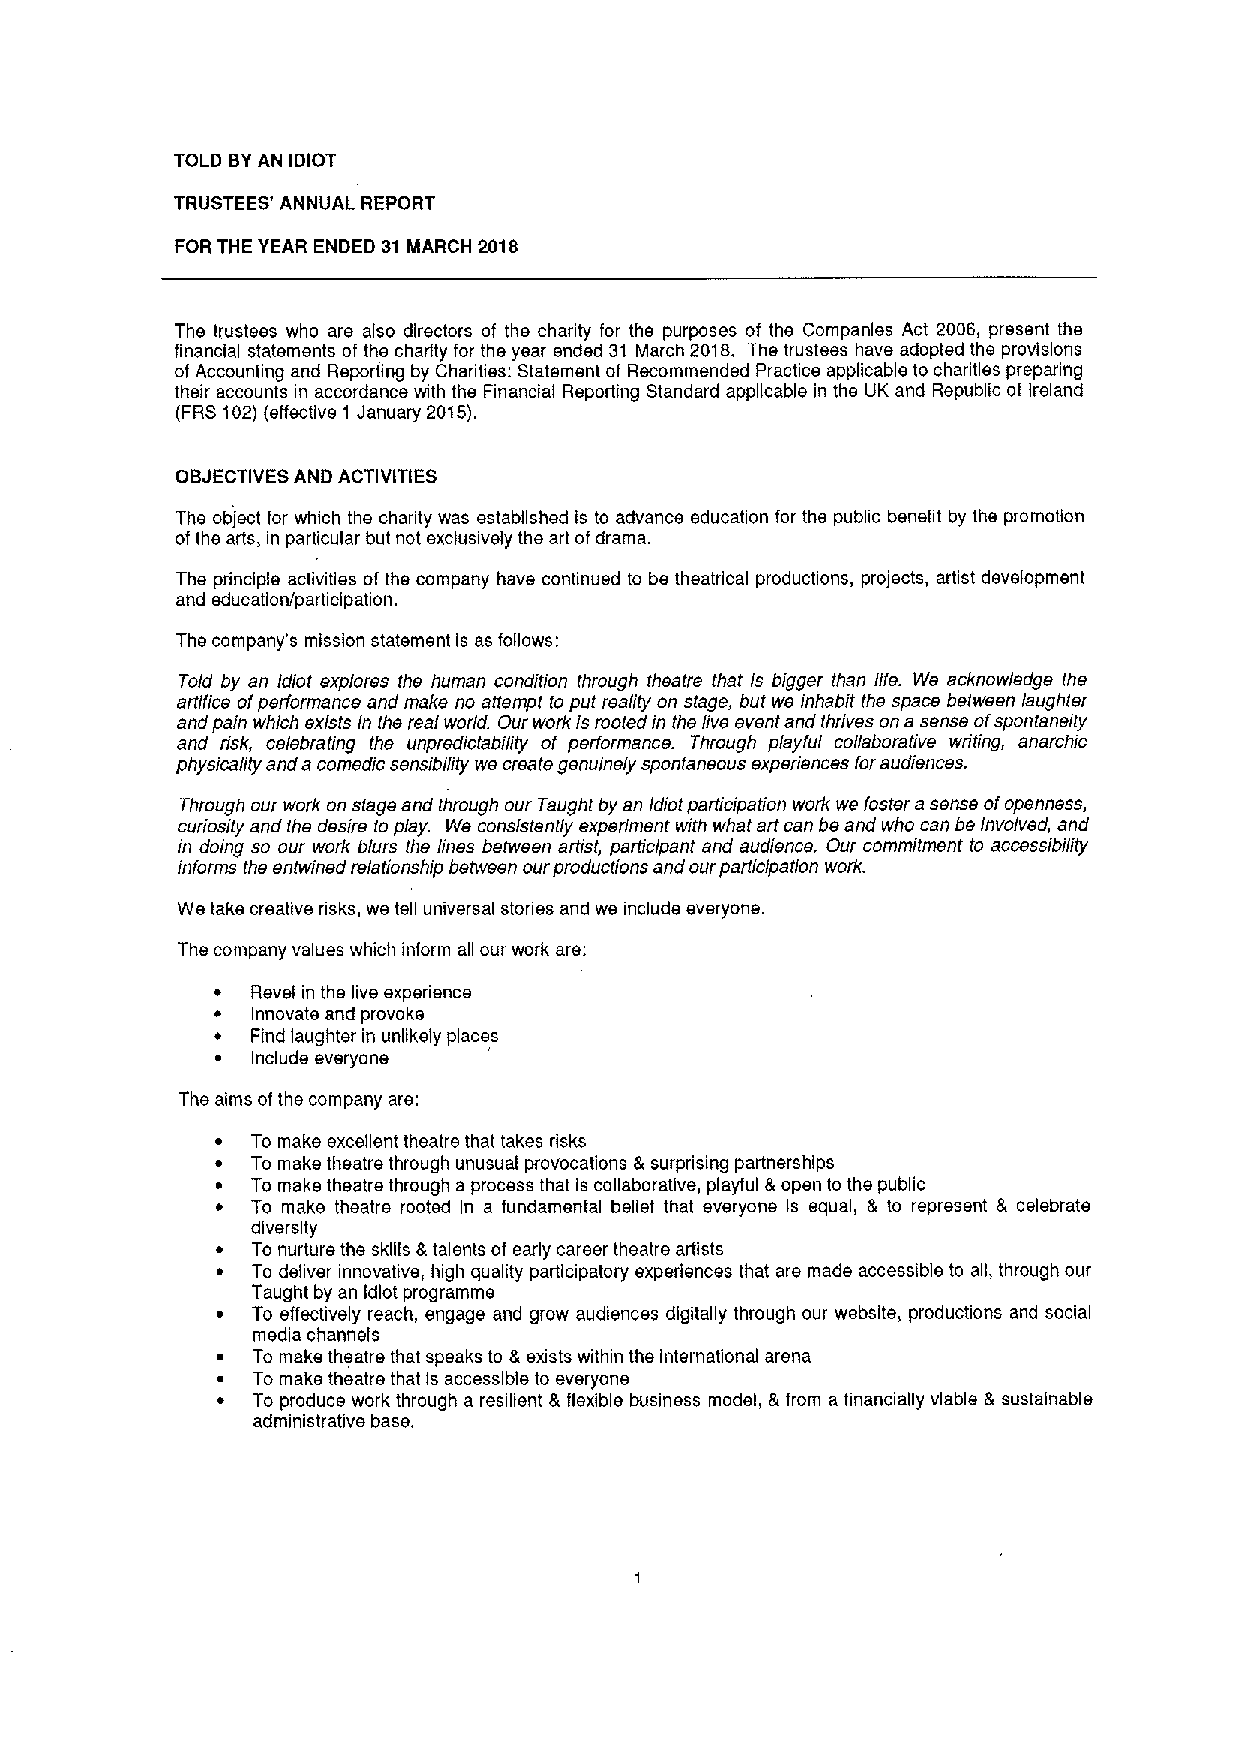
TOLD BYAN IDIOT
 TRUSTEES' ANNUAL REPORT
 FOR THE YEAR ENDED 31 MARCH 2018
 The trustees who are also directors of the charity for the purposes of the Companies Act 2006, present the
 financial statements of the charity for the year ended 31 March 2018, The trustees have adopted the provisions
 of Accounting and Reporting by Charities: Statement of Recommended Practice applicable to charities preparing
 their accounts in accordance with the Financial Reporting Standard applicable in the UK and Republic of Ireland
 (FRS102)(effectiv 1 January 2015).
 OBJECTIVESAND ACTIVITIES
 The object for which the chanty was established is to advance education for the public benefit by the promotion
 ofthe arts, in particular but not exclusively the art ofdrama.
 The principle activities of the company have continued to be theatrical productions, projects, artist development
 and education/participation.
 The company's mission statement is as follows:
 Told by an Idiot explores the human condition through theatre that is bigger than life. We acknowledge the
 artifice ofperformance and make no attempt to put reality on stage, but we inhabit the space between laughter
 and pain which exists in the real world. Our work is rooted in the live event and thrives on a sense ofspontaneity
 and risk, celebrating the unpredictability of performance. Through playful collaborative writing, anarchic
 physicality and acomedic sensibility we create genuinely spontaneous experiences foraudiences.
 Through our work on stage and through our Taught by an Idiot participation work we foster asense ofopenness,
 curiosily and the desire to play. We consislentty experiment with what art can be and who can be Involved, and
 in doing so our work blurs the lines between artist, participant and audience. Our commitment to accessibility
 informs the entwined relationship between our productions and our participation work.
 We take creative nsks, we tell universal stones and we include everyone.
 The company values which inform all our work are:
 ~  Revel in the live experience
 ~  Innovate and provoke
 ~  Find laughter in unlikely places
 ~  Include everyone
 The aims ofthe company are:
 To make excellent theatre that takes risks
 To make theatre through unusual provocations &surprising partnerships
 To make theatre through a process that is collaborative, playful &open to the public
 To make theatre rooted in a fundamental belief that everyone is equal, & to represent & celebrate
 diversity
 To nurture the sklffs &talents of early career theatre artists
 To deliver innovative, high quality participatory experiences that are made accessible to all, through our
 Taught by an Idiot programme
 To effectively reach, engage and grow audiences digitally through our website, productions and social
 media channels
 To make theatre that speaks to &exists within the international arena
 To make theatre that is accessible to everyone
 To produce work through a resilient & flexible business model, &from a financially viable & sustainable
 administrative base.